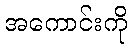
အကောင်းကို